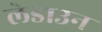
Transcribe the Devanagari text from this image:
लेडाउन